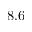
8 . 6